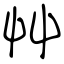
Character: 艸